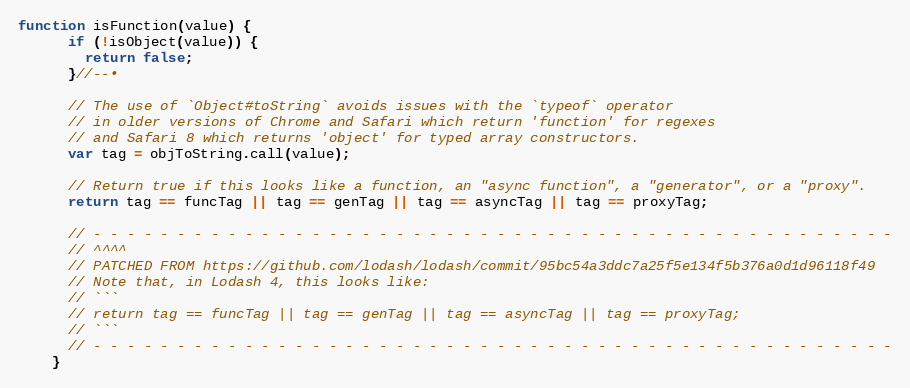
Language: JavaScript
function isFunction(value) {
      if (!isObject(value)) {
        return false;
      }//--•

      // The use of `Object#toString` avoids issues with the `typeof` operator
      // in older versions of Chrome and Safari which return 'function' for regexes
      // and Safari 8 which returns 'object' for typed array constructors.
      var tag = objToString.call(value);

      // Return true if this looks like a function, an "async function", a "generator", or a "proxy".
      return tag == funcTag || tag == genTag || tag == asyncTag || tag == proxyTag;

      // - - - - - - - - - - - - - - - - - - - - - - - - - - - - - - - - - - - - - - - - - - - - - - - -
      // ^^^^
      // PATCHED FROM https://github.com/lodash/lodash/commit/95bc54a3ddc7a25f5e134f5b376a0d1d96118f49
      // Note that, in Lodash 4, this looks like:
      // ```
      // return tag == funcTag || tag == genTag || tag == asyncTag || tag == proxyTag;
      // ```
      // - - - - - - - - - - - - - - - - - - - - - - - - - - - - - - - - - - - - - - - - - - - - - - - -
    }